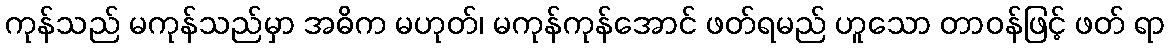
ကုန်သည် မကုန်သည်မှာ အဓိက မဟုတ်၊ မကုန်ကုန်အောင် ဖတ်ရမည် ဟူသော တာဝန်ဖြင့် ဖတ် ရာ